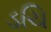
ડચિ